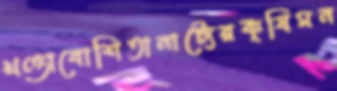
খণ্ডাবোশিতানাট্যেরকৃষিমন